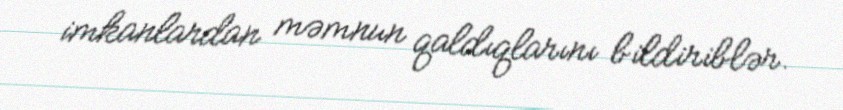
imkanlardan məmnun qaldıqlarını bildiriblər.